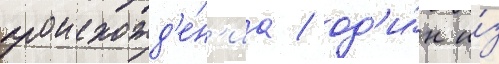
происхожд'е́н'иа / од'и́н и́з